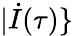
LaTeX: |\dot{I}(\tau)\}